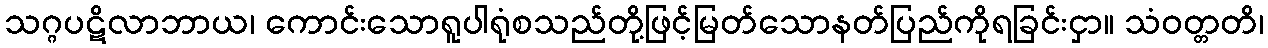
သဂ္ဂပဋိလာဘာယ၊ ကောင်းသောရူပါရုံစသည်တို့ဖြင့်မြတ်သောနတ်ပြည်ကိုရခြင်းငှာ။ သံဝတ္တတိ၊